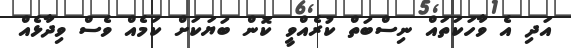
އަދި އެ ވާހަކަތައް ނިސްބަތް ކުރެއްވީ ކޮން ބަޔަކަށް ކަމެއް ވެސް ވިދާޅެއް